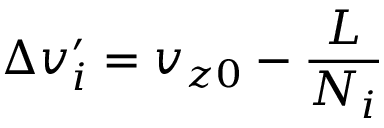
\Delta v _ { i } ^ { \prime } = v _ { z 0 } - \frac { L } { N _ { i } }